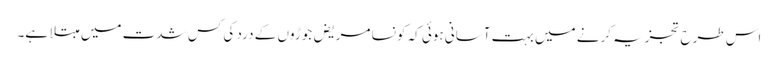
اس طرح تجزیہ کرنے میں بہت آسانی ہوئی کہ کونسا مریض جوڑوں کے درد کی کس شدت میں مبتلا ہے۔